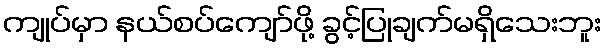
ကျုပ်မှာ နယ်စပ်ကျော်ဖို့ ခွင့်ပြုချက်မရှိသေးဘူး